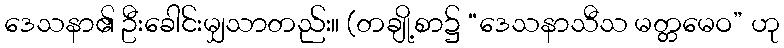
ဒေသနာ၏ ဦးခေါင်းမျှသာတည်း။ (တချို့စာ၌ “ဒေသနာသီသ မတ္တမေဝ” ဟု